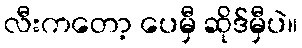
လီးကတော့ ပေမှီ ဆိုဒ်မှီပဲ။